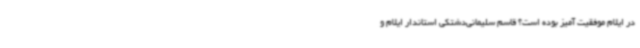
در ایلام موفقیت آمیز بوده است؟ قاسم سلیمانی‌دشتکی استاندار ایلام و